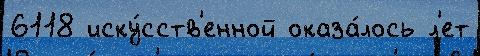
6118 иску́сств'енной оказа́лось л'ет